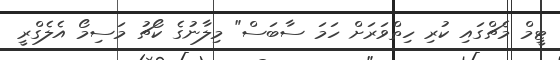
ޓީމް މެޗްގައި ކުރި ހިތްވަރަށް ހަމަ ސާބަސް" މިލާނުގެ ކޯޗު މަސިމޯ އެލެގްރީ